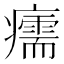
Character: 𤻪